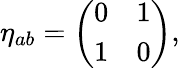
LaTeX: \eta_{ab}=\left(\begin{array}{cc}{{0}}&{{1}}\\ {{1}}&{{0}}\end{array}\right),